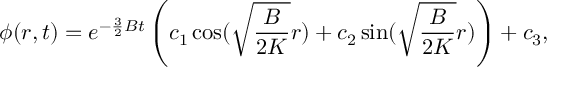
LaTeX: \phi ( r , t ) = e ^ { - \frac { 3 } { 2 } B t } \left( c _ { 1 } \cos ( \sqrt { \frac { B } { 2 K } } r ) + c _ { 2 } \sin ( \sqrt { \frac { B } { 2 K } } r ) \right) + c _ { 3 } ,